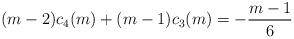
\begin{align*}(m-2)c_4(m)+(m-1)c_3(m)=- {\frac{m-1}{6}}\end{align*}